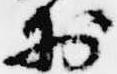
於